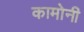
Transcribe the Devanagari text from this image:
कामोनी